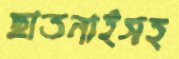
ছাতনাইসহ